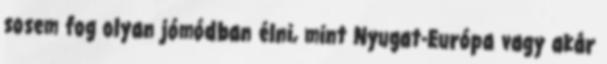
sosem fog olyan jómódban élni, mint Nyugat-Európa vagy akár